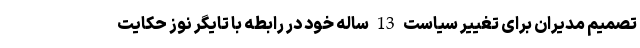
تصمیم مدیران برای تغییر سیاست 13 ساله خود در رابطه با تایگر نوز حکایت